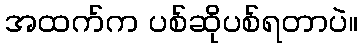
အထက်က ပစ်ဆိုပစ်ရတာပဲ။